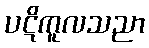
ပဋိကူလသညာ